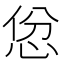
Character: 𪫱